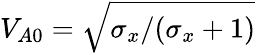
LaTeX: V_{A0}=\sqrt{\sigma_{x}/(\sigma_{x}+1)}